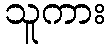
သူကား